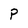
Character: P